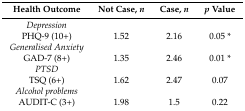
<table><thead><tr><td><b>Health Outcome</b></td><td><b>Not Case, <i>n</i></b></td><td><b>Case, <i>n</i></b></td><td><b><i>p</i> Value</b></td></tr></thead><tbody><tr><td><i>Depression</i></td><td></td><td></td><td></td></tr><tr><td>PHQ-9 (10+)</td><td>1.52</td><td>2.16</td><td>0.05 *</td></tr><tr><td><i>Generalised Anxiety</i></td><td></td><td></td><td></td></tr><tr><td>GAD-7 (8+)</td><td>1.35</td><td>2.46</td><td>0.01 *</td></tr><tr><td><i>PTSD</i></td><td></td><td></td><td></td></tr><tr><td>TSQ (6+)</td><td>1.62</td><td>2.47</td><td>0.07</td></tr><tr><td><i>Alcohol problems</i></td><td></td><td></td><td></td></tr><tr><td>AUDIT-C (3+)</td><td>1.98</td><td>1.5</td><td>0.22</td></tr></tbody></table>